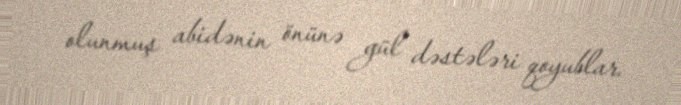
olunmuş abidənin önünə gül dəstələri qoyublar.